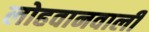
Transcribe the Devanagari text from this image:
लोहवानवाली